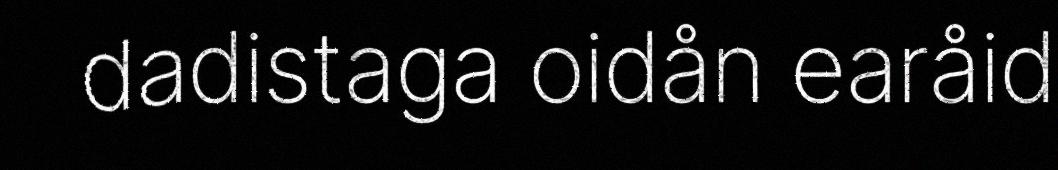
dadistaga oidån earåid